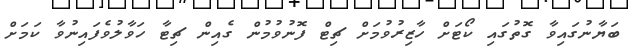
ބަޔާނުގައިވާ ގޮތުގައި ކޯޓަށް ހާޒިރުވުމަށް ޗިޓް ފޮނުވުމުން ގެއިން ޗިޓާ ހަވާލުވެފައިނުވާ ކަމަށް